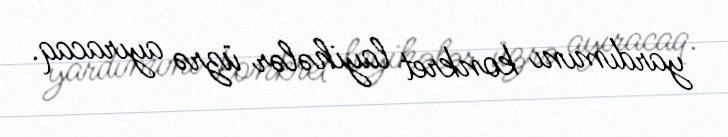
yardımını konkret layihələr üzrə ayıracaq.